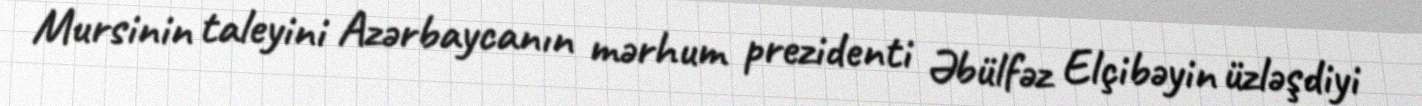
Mursinin taleyini Azərbaycanın mərhum prezidenti Əbülfəz Elçibəyin üzləşdiyi